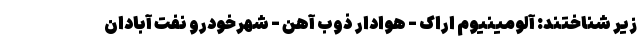
زیر شناختند: آلومینیوم اراک - هوادار ذوب آهن - شهرخودرو نفت آبادان